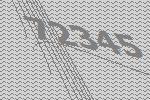
72345